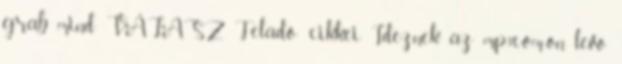
grab mind VÁLASZ Feladó: cikkei Ideznek az mp3.com-on levo